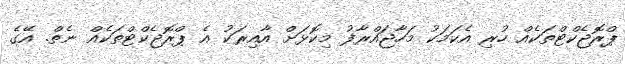
ޕްރޮޖެކްޓްތަކެއް ހުރި އެކަމަކު މަހާޖައްރާފު މިކޮޅަށް އާއިރަކު އެ ޕްރޮޖެކްޓްތަކެއް ނެތް. އޭގެ